Papers set at the Examination for Leaving Certificates, 1894
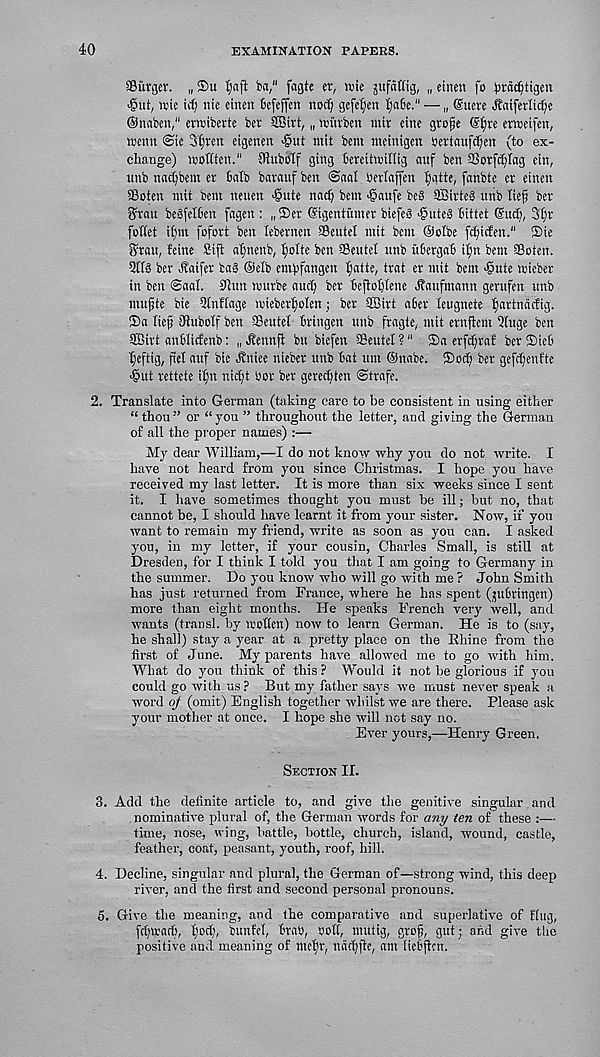
40
EXAMINATION PAPERS.
aSiirger. „ 2>u
ba," fagte er, n>ie jufaKig, „ etnen fo ptadjtigen
•§ut, njie id) nte etnen fiefeffen nod) gefe^en I)a6e." — „ @nere ^aiferlit^e
©naben," efwibevte ber SBirt, „ witvben ntir cine grope ©t)re erweifen,
toenn @ie 3t;ren etgenen >§ut mit bent nteinigen Oertnufcpen (to ex-
change) motiten." Oiubolf ging bereittoilltg auf ben aSorft^Iag etn,
unb natpbem er £>atb baranf ben @aal bertaffen ()vttte, fanbte er etnen
SBoten mit bent netten '@ute nad; betn ■§attfe beS SSirteS ttnb lief ber
girau beSfelben fagen : „ ®er ©igentumer biefeS 'gute§ (uttet ©ud), Stir
fottet itim fofort ben tebernen Sentet mit bent ©otbe ft^ttfen." ®ie
^ratt, feine Sift atjnenb, fjotte ben SBeutet nnb ttbergaB t^n bent SSoten.
5tt§ ber Jtaifer iag ©etb empfangen tjaite, trot er mit bent ■gute toieber
in ben @aal. 0tun tourbe ancp ber BeftoDtene Jtatifmann gerttfen ttnb
mupte bie Qtnftage ioiebert)otett; ber Sffiirt aber teugnete (wrtndcfig.
®a tiep Otubotf ben Seutet brittgett ttnb fragte,. wit ernftent iJtitge ben
SBirt anbticfenb: „ ^enttfi bn biefen SBeutet ?" ©a erfd)ra£ ber ©ieb
tjeftig, fiet auf bie Jlniee nieber ttnb bat tint ©nabe. $od) ber gefcpenfte
•gut rettete it)it niept Oor ber gerecf)iett (Strafe.
2. Translate into German (taking care to be consistent in using either
“ thou” or “you ” throughout the letter, and giving the German
of all the proper names) :—
My dear William,—I do not know why you do not write. I
have not heard from you since Christmas. I hope you have
received my last letter. It is more than six weeks since I sent
it. I have sometimes thought you must be ill; but no, that
cannot be, I should have learnt it from your sister. Now, if you
want to remain my friend, write as soon as you can. I asked
you, in my letter, if your cousin, Charles Small, is still at
Dresden, for I think I told you that I am going to Germany in
the summer. Do you know who will go with me ? John Smith
has just returned from France, where he has spent (jubringen)
more than eight months. He speaks French very well, and
wants (transl. by ii'ctlen) now to learn German. He is to (say,
he shall) stay a year at a pretty place on the Rhine from the
first of June. My parents have allowed me to go with him.
What do you think of this ? Would it not be glorious if you
could go with us ? But my father says we must never speak a
word of (omit) English together whilst we are there. Please ask
your mother at once. I hope she will not say no.
Ever yours,—Henry Green.
Section II.
3. Add the definite article to, and give the genitive singular and
nominative plural of, the German words for any ten of these :—
time, nose, wing, battle, bottle, church, island, wound, castle,
feather, coat, peasant, youth, roof, hill.
4. Decline, singular and plural, the German of—strong wind, this deep
river, and the first and second personal pronouns.
5. Give the meaning, and the comparative and superlative of Hug,
fdpracb, liocb, bunfel, bran, roll, mutig, grofj, gut; and give the
positive and meaning of inef>r, itadfpe, am liebffcn.